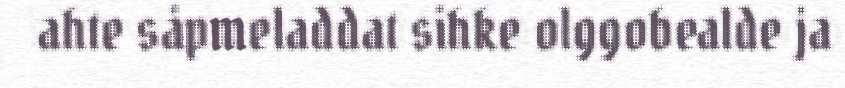
ahte såpmeladdat sihke olggobealde ja